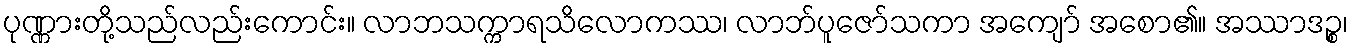
ပုဏ္ဏားတို့သည်လည်းကောင်း။ လာဘသက္ကာရသိလောကဿ၊ လာဘ်ပူဇော်သကာ အကျော် အစော၏။ အဿာဒဉ္စ၊